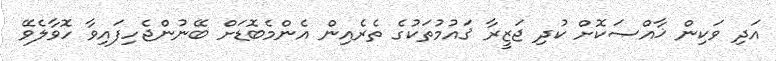
އަދި ވަކިން ޚާއްޞަކޮށް ކުދި ޖަޒީރާ ޤައުމުތަކުގެ ތެރެއިން އެންމެބޮޑަށް ބޭނުންޖެހިފައިވާ ހޮވާލެވޭ